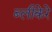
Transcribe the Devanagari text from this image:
ब्लीकेरे